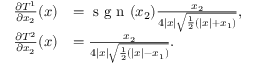
\begin{array} { r l } { \frac { \partial T ^ { 1 } } { \partial x _ { 2 } } ( x ) } & { = \textrm { s g n } ( x _ { 2 } ) \frac { x _ { 2 } } { 4 | x | \sqrt { \frac { 1 } { 2 } \left( | x | + x _ { 1 } \right) } } , } \\ { \frac { \partial T ^ { 2 } } { \partial x _ { 2 } } ( x ) } & { = \frac { x _ { 2 } } { 4 | x | \sqrt { \frac { 1 } { 2 } \left( | x | - x _ { 1 } \right) } } . } \end{array}